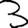
Digit: 3